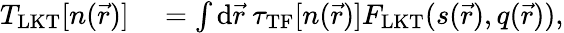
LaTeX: \begin{array}{rl}{T_{\mathrm{LKT}}[n(\vec{r})]}&{{}=\int{\mathrm{d}}\vec{r}~\tau_{\mathrm{TF}}[n(\vec{r})]F_{\mathrm{LKT}}(s(\vec{r}),q(\vec{r})),}\end{array}